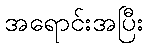
အရောင်းအပြီး